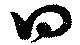
曰